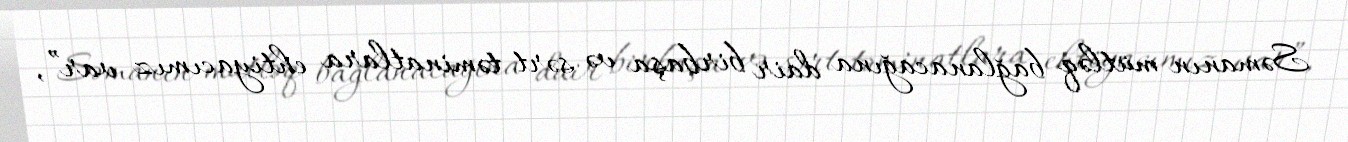
Səmanın mütləq bağlanacağına dair birbaşa və sərt təminatlara ehtiyacımız var”,